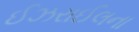
ઈઝરાઈલના